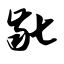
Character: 龀